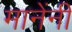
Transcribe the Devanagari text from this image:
मानेंनी